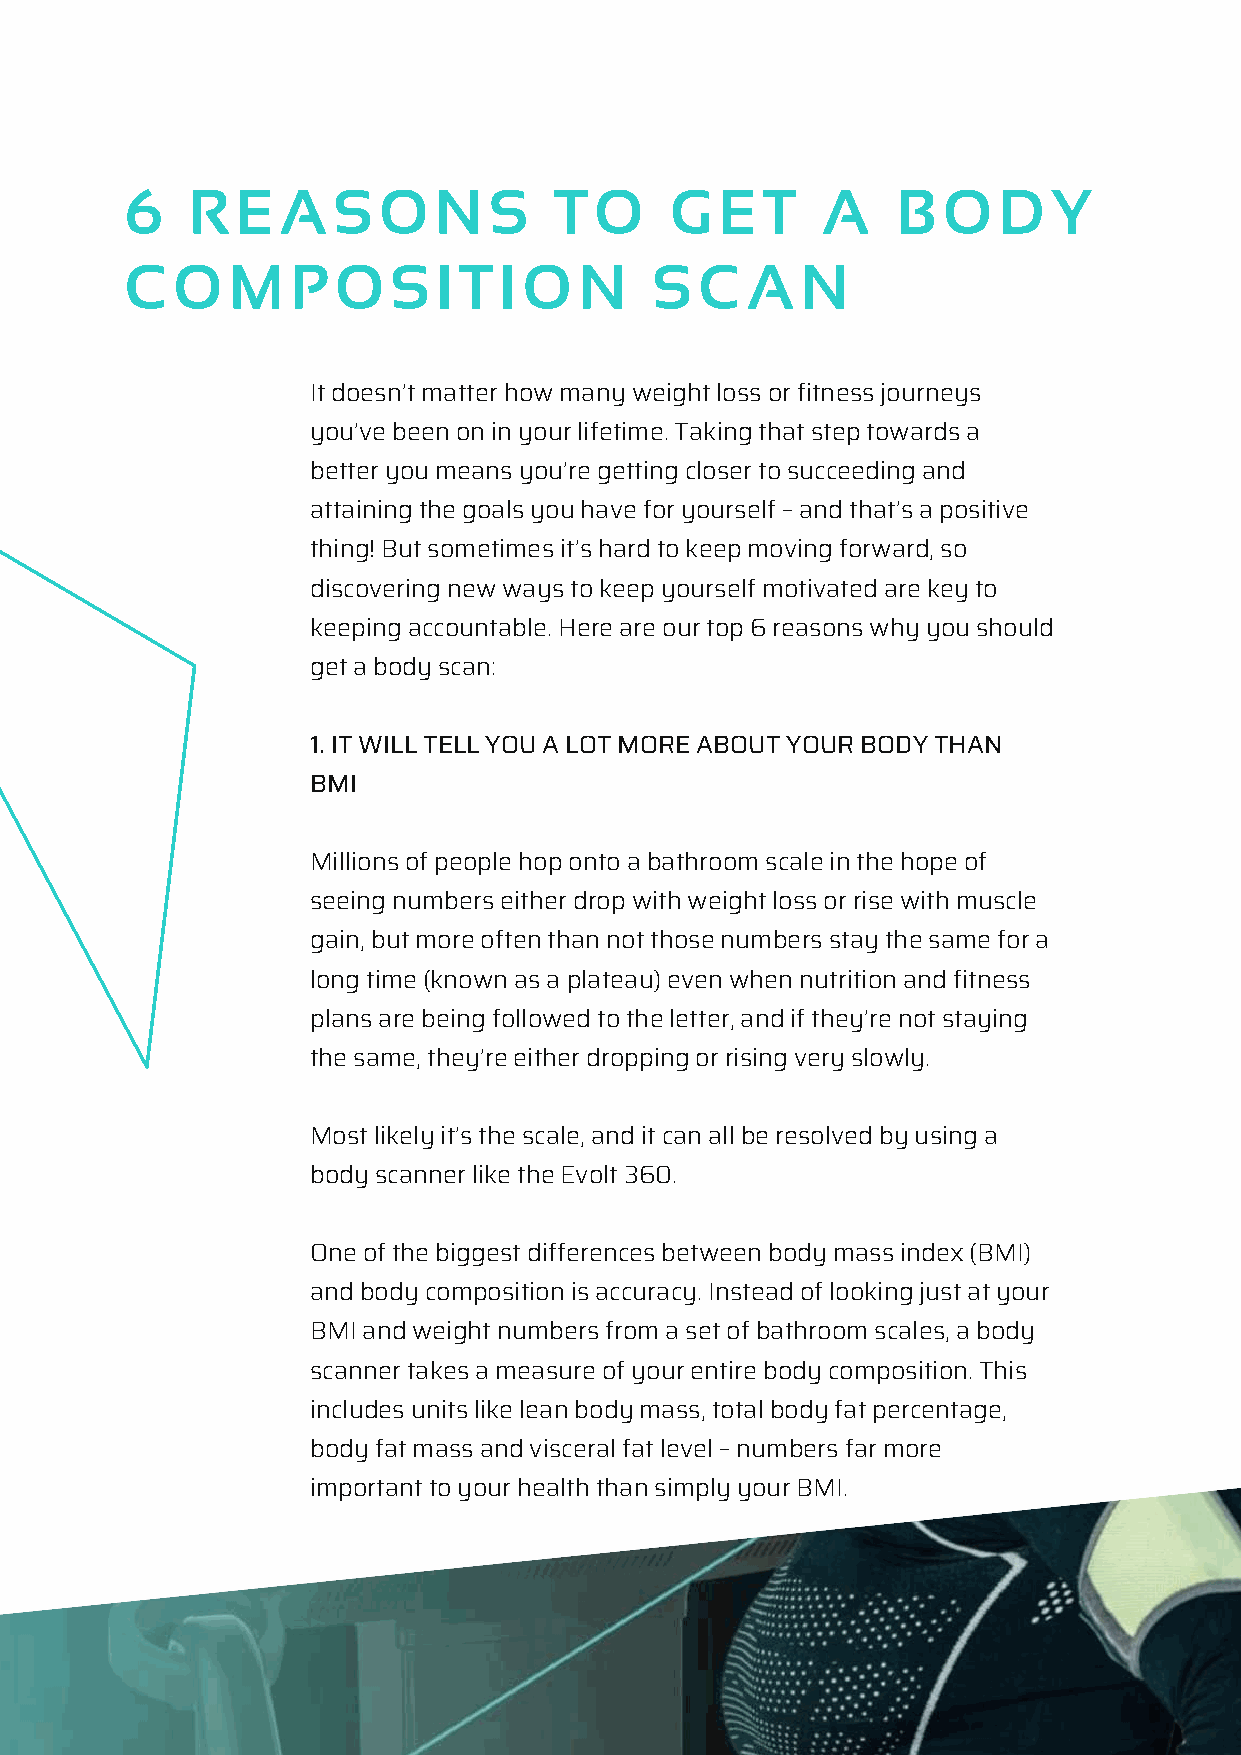
6   R   E A   S  O   N  S    T O    G   E T   A    B  O   D   Y
 C  O   M   P  O   S  I T I O  N    S  C  A   N
 It doesn’t matter how many weight loss or fitness journeys
 you’ve been on in your lifetime. Taking that step towards a
 better you means you’re getting closer to succeeding and
 attaining the goals you have for yourself – and that’s a positive
 thing! But sometimes it’s hard to keep moving forward, so
 discovering new ways to keep yourself motivated are key to
 keeping accountable. Here are our top 6 reasons why you should
 get a body scan:
 1. IT WILL TELL YOU A LOT MORE ABOUT YOUR BODY THAN
 BMI
 Millions of people hop onto a bathroom scale in the hope of
 seeing numbers either drop with weight loss or rise with muscle
 gain, but more often than not those numbers stay the same for a
 long time (known as a plateau) even when nutrition and fitness
 plans are being followed to the letter, and if they’re not staying
 the same, they’re either dropping or rising very slowly.
 Most likely it’s the scale, and it can all be resolved by using a
 body scanner like the Evolt 360.
 One of the biggest differences between body mass index (BMI)
 and body composition is accuracy. Instead of looking just at your
 BMI and weight numbers from a set of bathroom scales, a body
 scanner takes a measure of your entire body composition. This
 includes units like lean body mass, total body fat percentage,
 body fat mass and visceral fat level – numbers far more
 important to your health than simply your BMI.